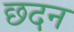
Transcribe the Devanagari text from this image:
छदन